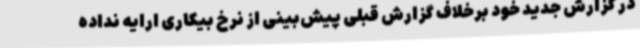
در گزارش جدید خود برخلاف گزارش قبلی پیش‌بینی از نرخ بیکاری ارایه نداده